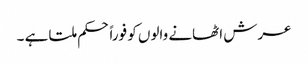
عرش اٹھانے والوں کو فوراً حکم ملتا ہے ۔